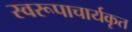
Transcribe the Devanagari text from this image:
स्वरूपाचार्यकृत